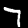
Label: 7